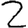
Digit: 2